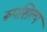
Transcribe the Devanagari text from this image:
रूपशिल्प